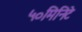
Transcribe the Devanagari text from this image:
५०मिनिटे